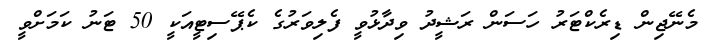
މެނޭޖިން ޑިރެކްޓަރު ހަސަން ރަޝީދު ވިދާޅުވީ ފެލިވަރުގެ ކެޕޭސިޓީއަކީ 50 ޓަނު ކަމަށްވީ